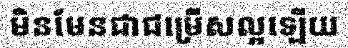
មិនមែនជាជម្រើសល្អឡើយ